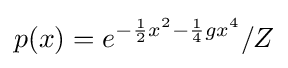
p(x)=e^{-{\frac {1}{2}}x^{2}-{\frac {1}{4}}gx^{4}}/Z